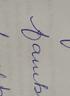
Signature authenticity: forged